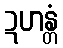
ဍဟန္တံ